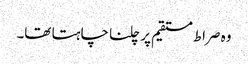
وہ صراط مستقیم پر چلنا چاہتا تھا۔